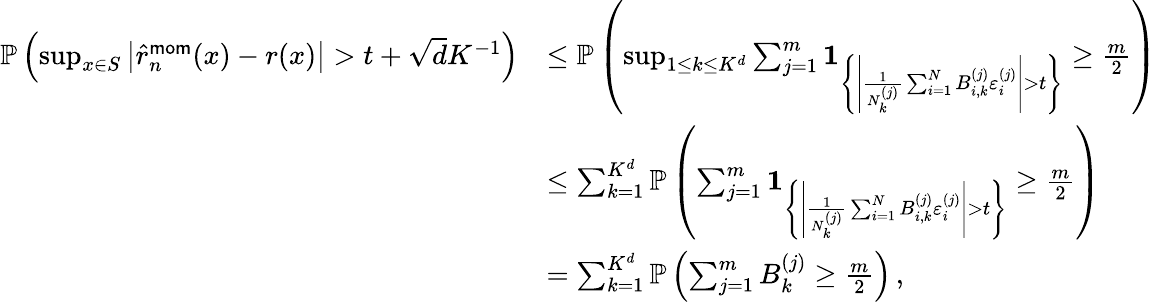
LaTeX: \begin{array}{rl}{\mathbb P\left(\operatorname*{sup}_{x\in S}\left|\widehat{r}_{n}^{\mathsf{mom}}(x)-r(x)\right|>t+\sqrt{d}K^{-1}\right)}&{\leq\mathbb P\left(\operatorname*{sup}_{1\leq k\leq K^{d}}\sum_{j=1}^{m}{\mathbf{1}}_{\left\{ \left|\frac{1}{N_{k}^{(j)}}\sum_{i=1}^{N}B_{i,k}^{(j)}\varepsilon_{i}^{(j)}\right|>t\right\} }\geq\frac{m}{2}\right)}\\ &{\leq\sum_{k=1}^{K^{d}}\mathbb P\left(\sum_{j=1}^{m}{\mathbf{1}}_{\left\{ \left|\frac{1}{N_{k}^{(j)}}\sum_{i=1}^{N}B_{i,k}^{(j)}\varepsilon_{i}^{(j)}\right|>t\right\} }\geq\frac{m}{2}\right)}\\ &{=\sum_{k=1}^{K^{d}}\mathbb P\left(\sum_{j=1}^{m}B_{k}^{(j)}\geq\frac{m}{2}\right)\, ,}\end{array}